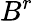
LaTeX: B^{r}